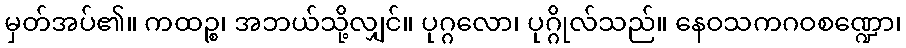
မှတ်အပ်၏။ ကထဉ္စ၊ အဘယ်သို့လျှင်။ ပုဂ္ဂလော၊ ပုဂ္ဂိုလ်သည်။ နေဝသကဂဝစဏ္ဍော၊